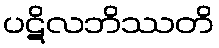
ပဋိလဘိဿတိ